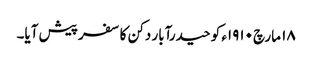
١٨ مارچ ١٩١٠ء کو حیدرآبار دکن کا سفر پیش آیا۔